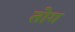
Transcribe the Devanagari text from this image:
तोग